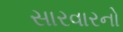
સારવારનો